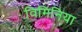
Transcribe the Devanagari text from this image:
विमिनिया